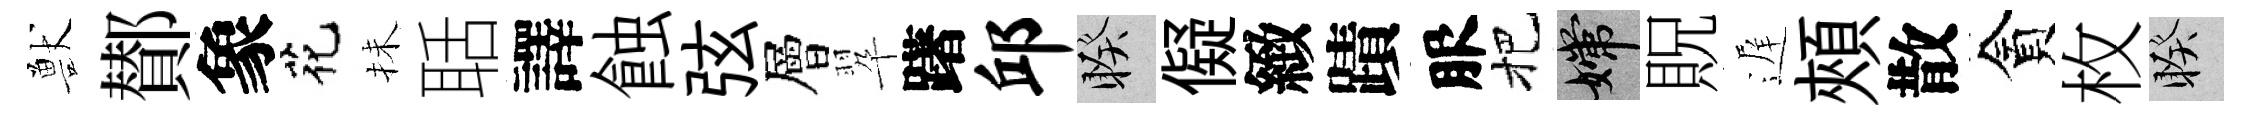
獸鄼象花抺聒譯蝕弦層翆躇邱睽儗緻蹟服把嫦貺遅頰散貪枚睽